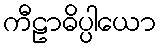
ကီဠာဓိပ္ပါယော